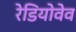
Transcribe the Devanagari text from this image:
रेडियोवेव